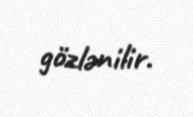
gözlənilir.